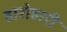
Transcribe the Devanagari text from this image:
हारोहारी